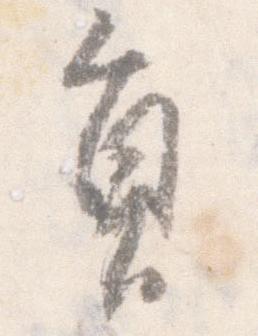
員